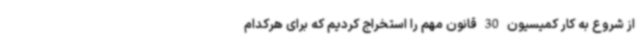
از شروع به کار کمیسیون 30 قانون مهم را استخراج کردیم که برای هرکدام